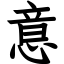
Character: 意